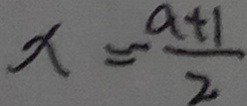
x = \frac { a + 1 } { 2 }